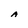
Character: A